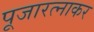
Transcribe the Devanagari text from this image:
पूजारत्नाकर